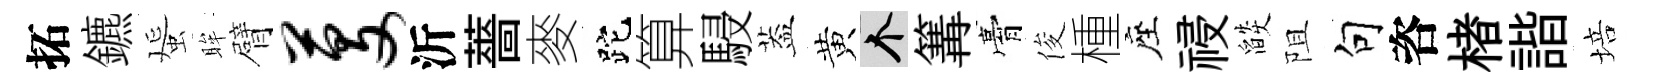
拓鑣蜑眸臂芟沂薔麥跎算駸葢黄个篝膏俊㮔座祲燄阻句咨楮諧培